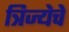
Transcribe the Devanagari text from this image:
त्रिज्येचे